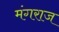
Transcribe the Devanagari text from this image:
मंगराज